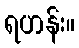
ရဟန်း။